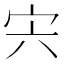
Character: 宍